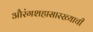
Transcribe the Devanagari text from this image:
औरंगशहासारख्याची